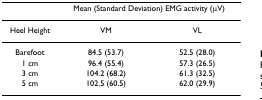
<table><thead><tr><td></td><td colspan="2"><b>Mean (Standard Deviation) EMG activity (μV)</b></td></tr></thead><tbody><tr><td>Heel Height</td><td>VM</td><td>VL</td></tr><tr><td>Barefoot</td><td>84.5 (53.7)</td><td>52.5 (28.0)</td></tr><tr><td>1 cm</td><td>96.4 (55.4)</td><td>57.3 (26.5)</td></tr><tr><td>3 cm</td><td>104.2 (68.2)</td><td>61.3 (32.5)</td></tr><tr><td>5 cm</td><td>102.5 (60.5)</td><td>62.0 (29.9)</td></tr></tbody></table>